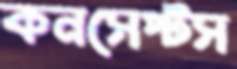
কনসেপ্টস